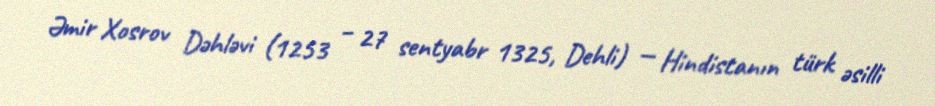
Əmir Xosrov Dəhləvi (1253 – 27 sentyabr 1325, Dehli) — Hindistanın türk əsilli